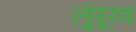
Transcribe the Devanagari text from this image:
लुंपूरव